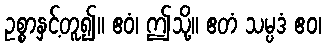
ဥစ္စာနှင့်တူ၍။ ဧဝံ၊ ဤသို့။ ဧတံ သမ္ပဒံ ဧဝ၊